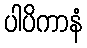
ပါပိကာနံ